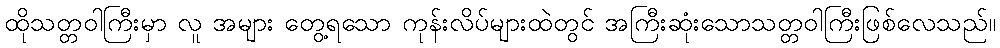
ထိုသတ္တဝါကြီးမှာ လူ အများ တွေ့ရသော ကုန်းလိပ်များထဲတွင် အကြီးဆုံးသောသတ္တဝါကြီးဖြစ်လေသည်။